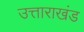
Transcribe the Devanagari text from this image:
उत्ताराखंड